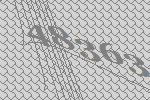
48363